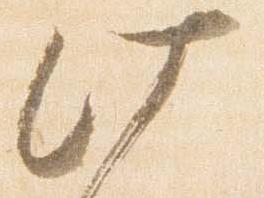
此